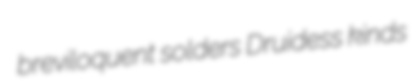
breviloquent solders Druidess kinds